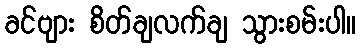
ခင်ဗျား စိတ်ချလက်ချ သွားစမ်းပါ။